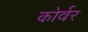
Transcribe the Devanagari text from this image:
कोर्वर